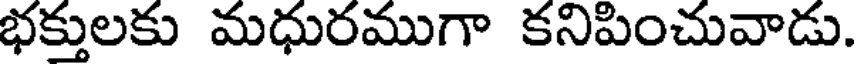
భక్తులకు మధురముగా కనిపించువాడు.